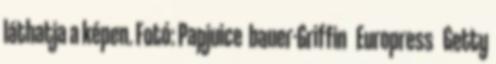
láthatja a képen. Fotó: Papjuice bauer-Griffin Europress Getty